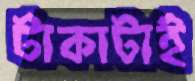
টাকাটাই